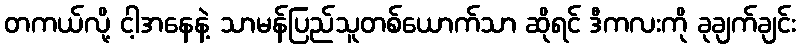
တကယ်လို့ ငါ့အနေနဲ့ သာမန်ပြည်သူတစ်ယောက်သာ ဆိုရင် ဒီကလးကို ခုချက်ချင်း